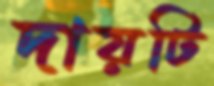
দায়টি